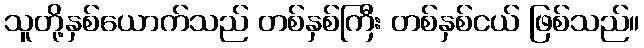
သူတို့နှစ်ယောက်သည် တစ်နှစ်ကြီး တစ်နှစ်ငယ် ဖြစ်သည်။